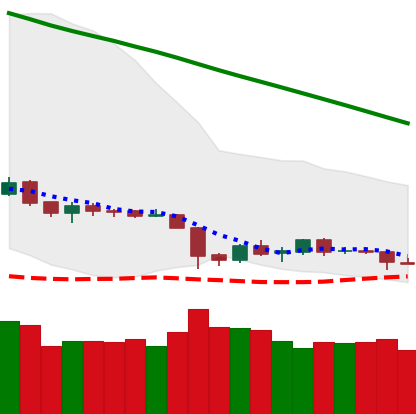
Ticker: ETH-USD
Chart end date: 2019-02-07
Forward return: 17.254%
Label: up_7plus